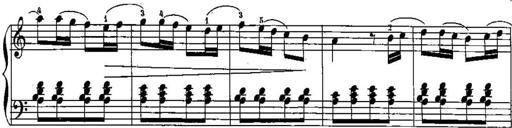
Title: Trois sonatines
Composer: Maurice Emmanuel